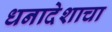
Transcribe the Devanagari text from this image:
धनादेशाचा